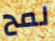
لمح